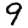
Digit: 9